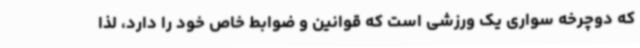
که دوچرخه سواری یک ورزشی است که قوانین و ضوابط خاص خود را دارد، لذا